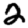
Digit: 2